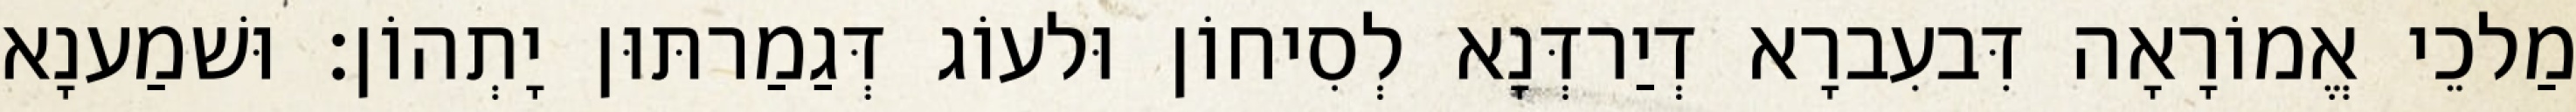
מַלכֵי אֱמוֹרָאָה דִּבעִברָא דְיַרדְּנָא לְסִיחוֹן וּלעוֹג דְּגַמַרתּוּן יָתְהוֹן׃ וּשׁמַענָא